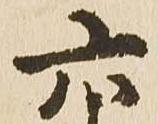
六